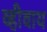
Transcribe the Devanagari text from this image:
व्हीवाय